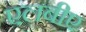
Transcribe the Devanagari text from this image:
एलबीए